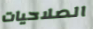
الصلاحيات